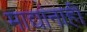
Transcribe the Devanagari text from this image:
माद्यांनाही